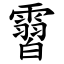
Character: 霫